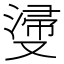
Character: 𣺎